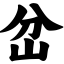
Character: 岔